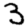
Digit: 3